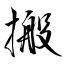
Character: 搬